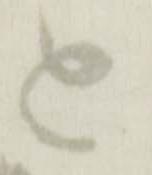
と